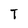
Character: T